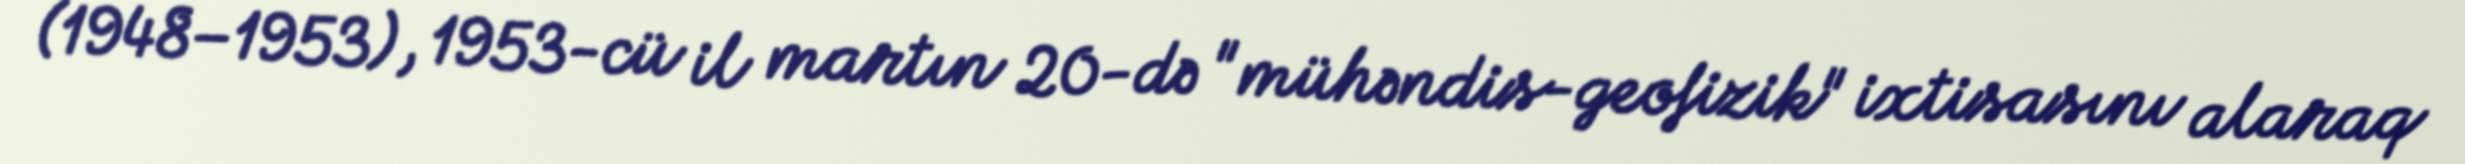
(1948–1953), 1953-cü il martın 20-də "mühəndis-geofizik" ixtisasını alaraq